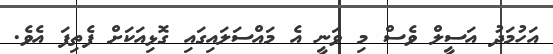
އަހުމަދު އަސީލް ވެސް މި ވަނީ އެ މައްސަލައިގައި ގޮޅިއަކަށް ފެތިފަ އެވެ.